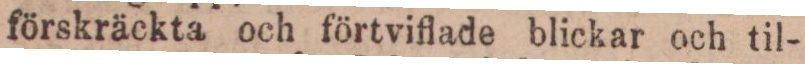
förskräckta och förtviflade blickar och til-